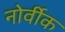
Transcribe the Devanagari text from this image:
नोर्वीक